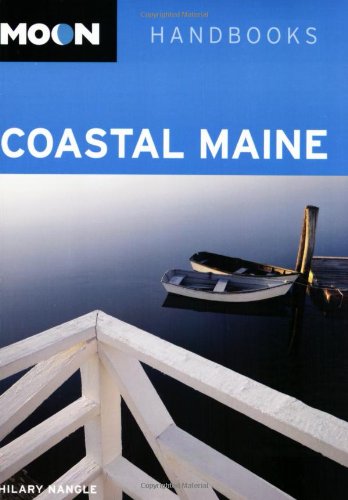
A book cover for Moon Coastal Maine (Moon Handbooks); Hilary Nangle; Travel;